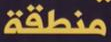
منطقة